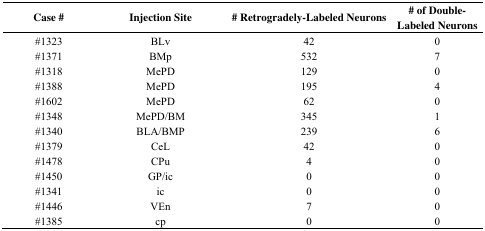
<table><thead><tr><td><b>Case #</b></td><td><b>Injection Site</b></td><td><b># Retrogradely-Labeled Neurons</b></td><td><b># of Double- Labeled Neurons</b></td></tr></thead><tbody><tr><td>#1323</td><td>BLv</td><td>42</td><td>0</td></tr><tr><td>#1371</td><td>BMp</td><td>532</td><td>7</td></tr><tr><td>#1318</td><td>MePD</td><td>129</td><td>0</td></tr><tr><td>#1388</td><td>MePD</td><td>195</td><td>4</td></tr><tr><td>#1602</td><td>MePD</td><td>62</td><td>0</td></tr><tr><td>#1348</td><td>MePD/BM</td><td>345</td><td>1</td></tr><tr><td>#1340</td><td>BLA/BMP</td><td>239</td><td>6</td></tr><tr><td>#1379</td><td>CeL</td><td>42</td><td>0</td></tr><tr><td>#1478</td><td>CPu</td><td>4</td><td>0</td></tr><tr><td>#1450</td><td>GP/ic</td><td>0</td><td>0</td></tr><tr><td>#1341</td><td>ic</td><td>0</td><td>0</td></tr><tr><td>#1446</td><td>VEn</td><td>7</td><td>0</td></tr><tr><td>#1385</td><td>cp</td><td>0</td><td>0</td></tr></tbody></table>